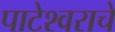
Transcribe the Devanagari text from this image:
पाटेश्वराचे